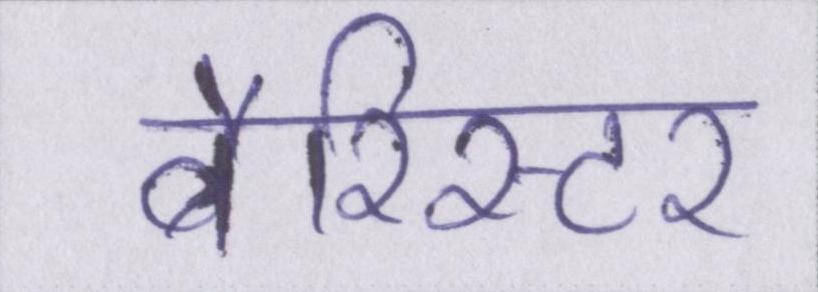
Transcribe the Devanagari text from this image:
बैरिस्टर